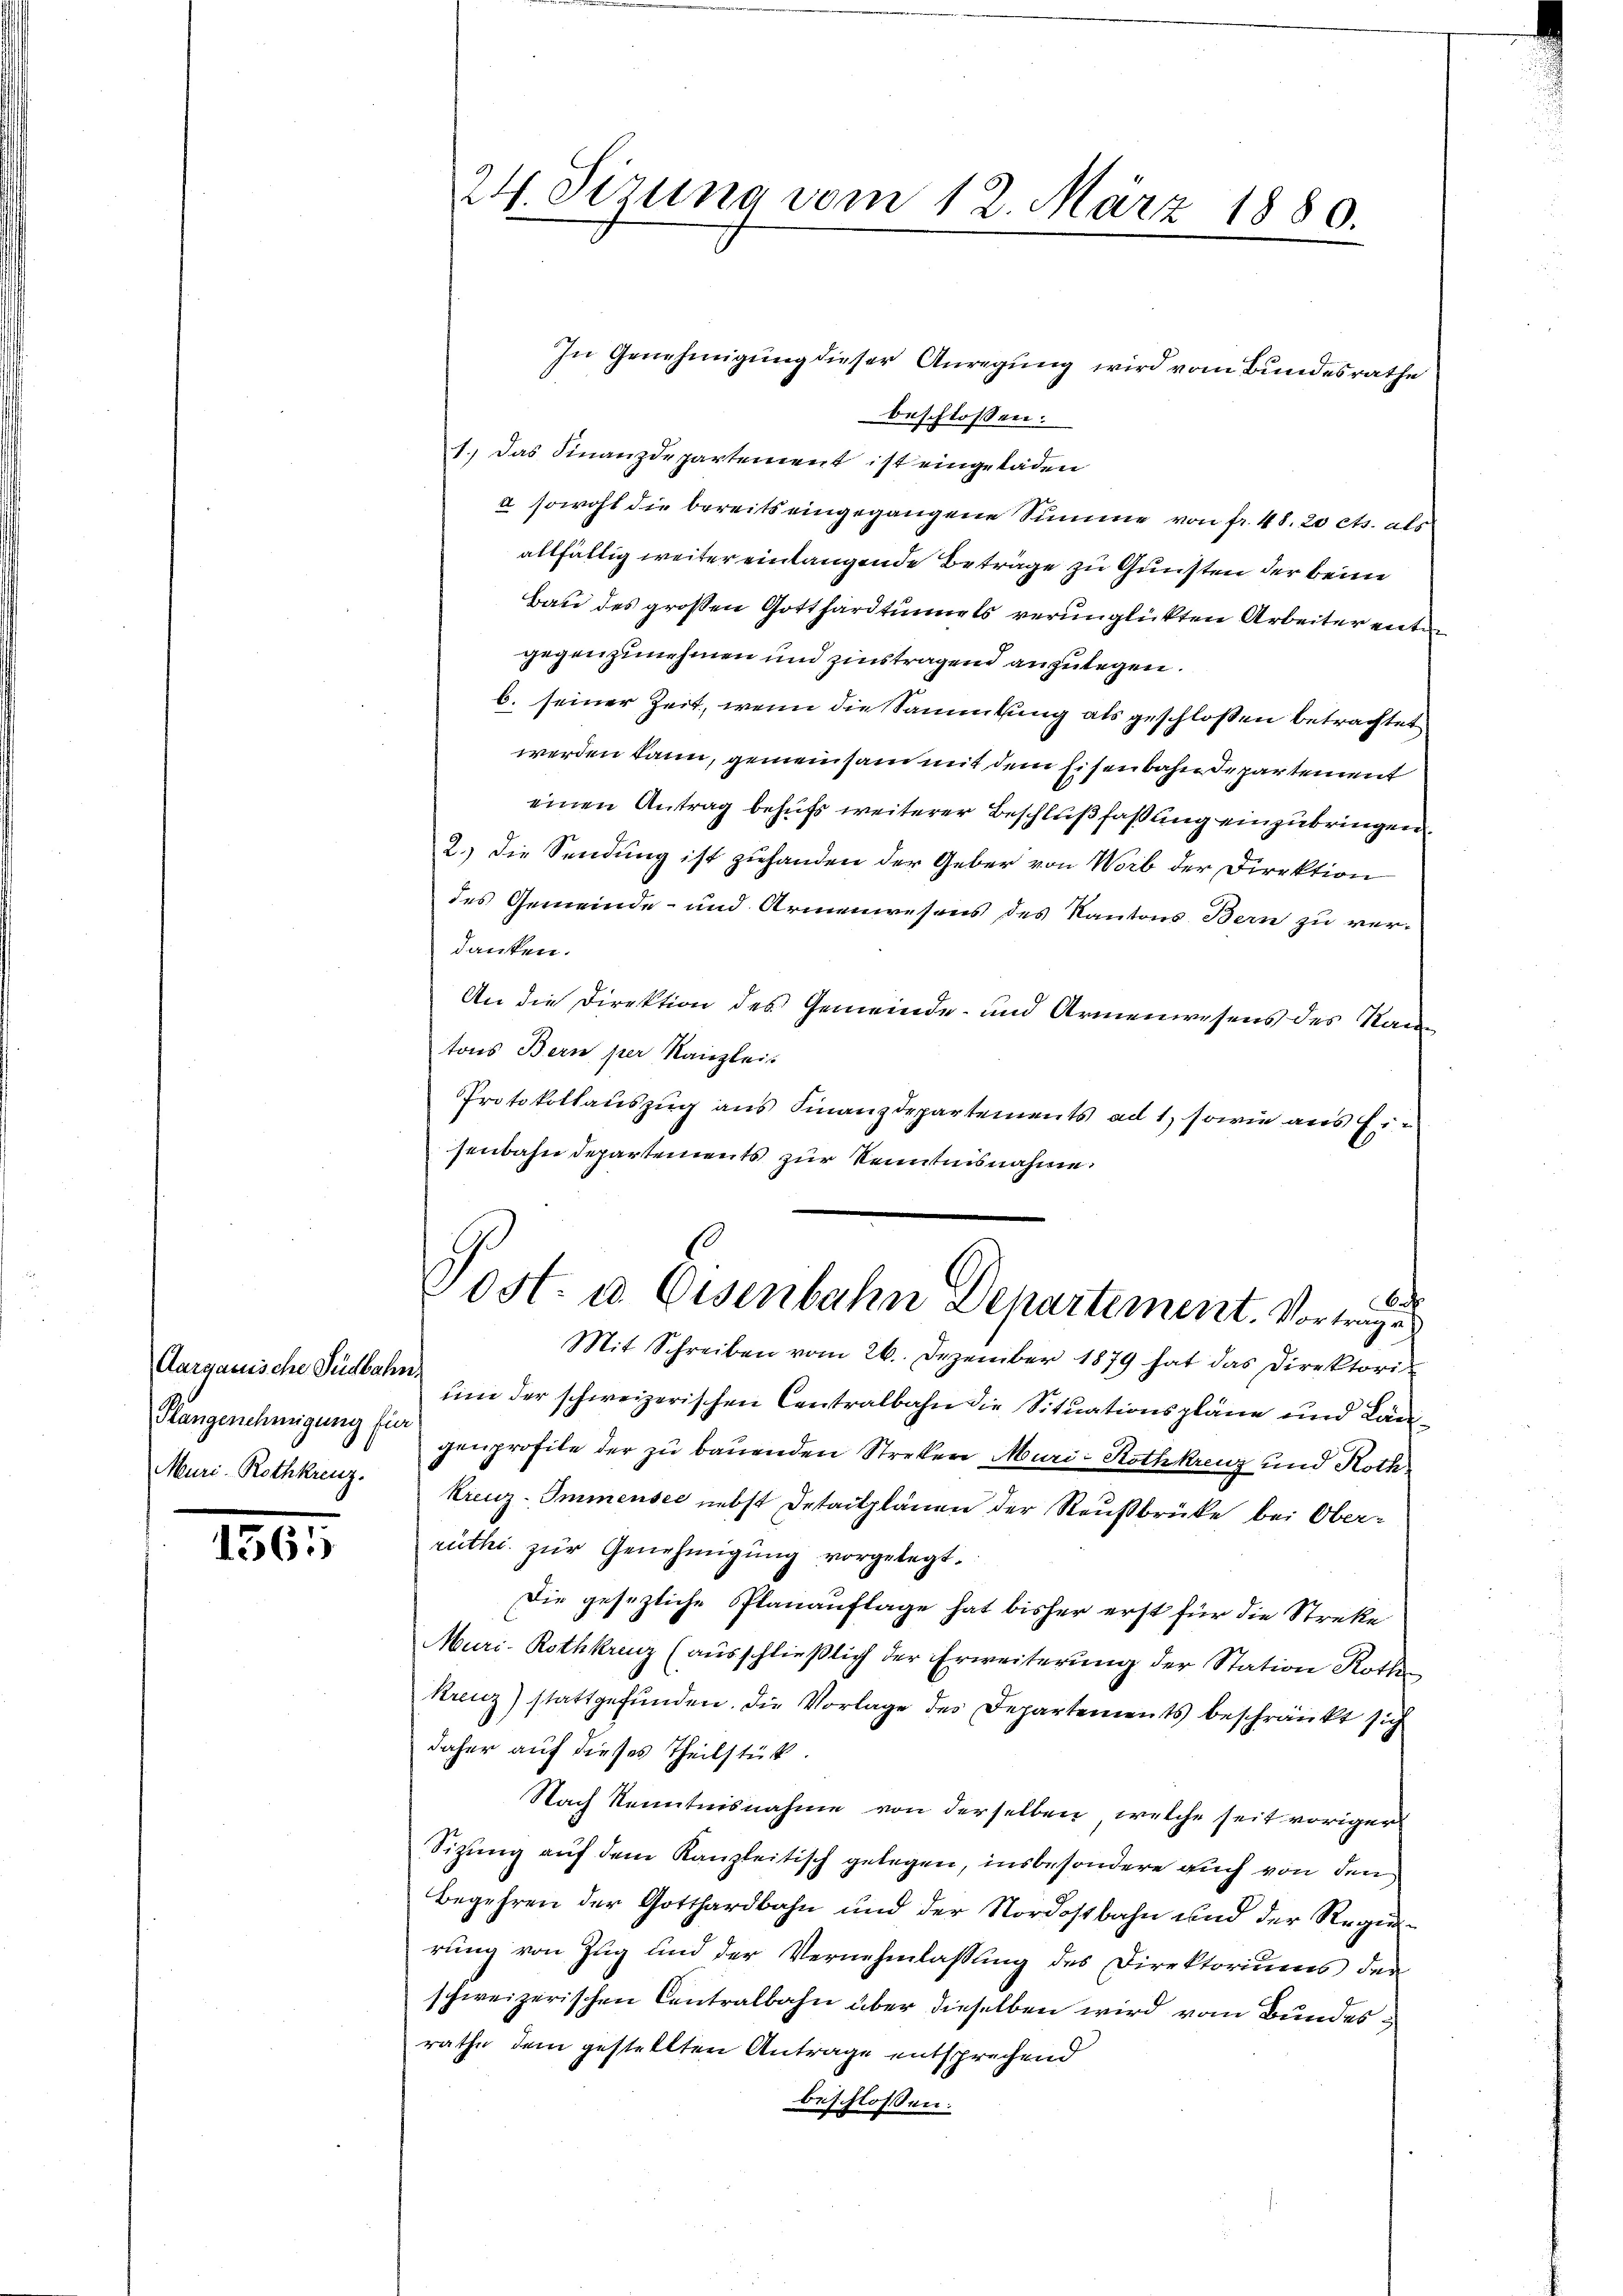
Aargauische Südbahn.
Hangenehmigung für
Muri-Rothkreuz.

1561

In Genehmigung dieser Anregung wird vom Bundesrathe
beschlossen:
1. Das Finanzdepartement ist eingeladen
I sowohl die bereits eingegangene Summe von fr. 48. 20 cts. als
allfällig weiter einlangende Beträge zu Gunsten der beim
Bau des grossen Gotthardtunnels verunglückten Arbeiter entgegenzunehmen und zinstragen anzulegen.
b. seiner Zeit, wenn die Sammtung als geschloßen betrachtet
werden kann, gemeinsam mit dem Eisenbahn de partement
einen Antrag behufs weiterer Beschlußfaßung einzubringen.
2.) Die Sendung ist zuhanden der Geber von Worb der Direktion
des Gemeinde- und Armenwesens des Kantons Bern zu verdanken.
An die Direktion des Gemeinde- und Armenwesens des Kantons Bern per Kanzlei.
Protokollauszug aus Finanzdepartements ad 1, sowie aus Eisenbahn Departements zur Kenntnisnahme.

24. Sirung vom 12. März 1880.

e
Post- u. Eisenbahn Departement. Vortrage

Mit Schreiben vom 26. Dezember 1879 hat das Direktori
um der schweizerischen Centralbahn die Situationspläne und Langenprofile der zu bauenden Streken Muri Rothkreuz und Roth
kreuz-Immensee nebst Detailplänen der Reußbrüke bei Oberruthi zur Genehmigung vorgelegt.
Die gesezliche Planauflage hat bisher erst für die Streke
Muri-Rothkreuz (ausschließlich der Erweiterung der Station Roth
kreuz) stattgefunden. Die Vorlage des Departements beschränkt sich
daher auf dieses Theilstück.
Nach Kenntnisnahme von derselben, welche seit voriger
Sizung auf dem Kanzleitisch gelegen, insbesondere auch von den
Begehren der Gotthardbahn und der Nordostbahn und der Regierung von Zug und der Vernehmlassung des Direktoriums der
schweizerischen Centralbahn über dieselben wird vom Bundesrathe dem gestellten Antrage entsprechend
beschlossen: